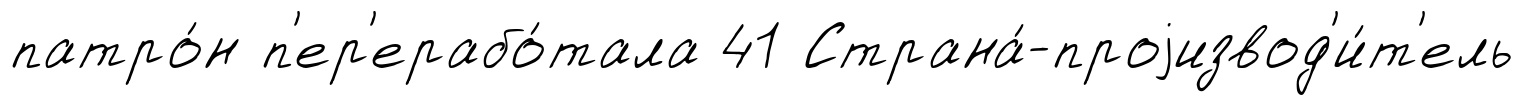
патро́н п'ер'ерабо́тала 41 Страна́-проjизвод'и́т'ель